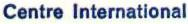
Centre International